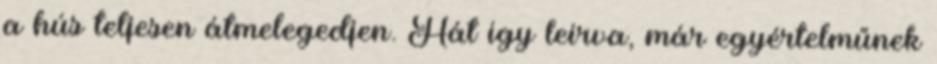
a hús teljesen átmelegedjen. Hát így leírva, már egyértelműnek